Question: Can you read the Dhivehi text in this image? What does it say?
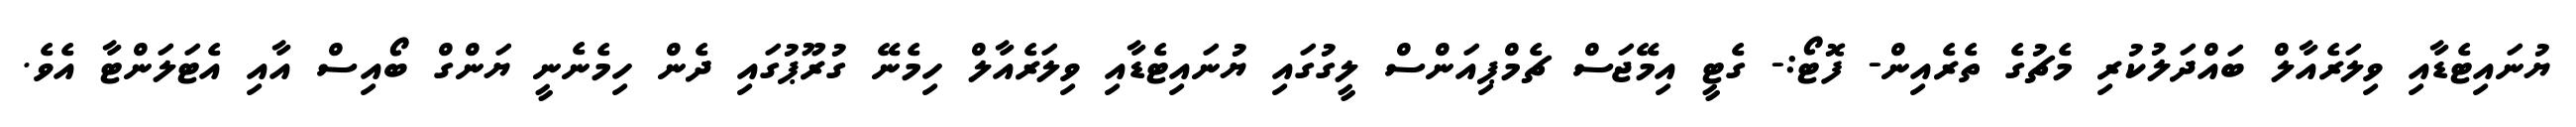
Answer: ޔުނައިޓެޑާއި ވިލަރެއާލް ބައްދަލުކުރި މެޗުގެ ތެރެއިން- ފޮޓޯ:- ގެޓީ އިމޭޖަސް ޗެމްޕިއަންސް ލީގުގައި ޔުނައިޓެޑާއި ވިލަރެއާލް ހިމެނޭ ގުރޫޕުގައި ދެން ހިމެނެނީ ޔަންގް ބޯއިސް އާއި އެޓަލަންޓާ އެވެ.